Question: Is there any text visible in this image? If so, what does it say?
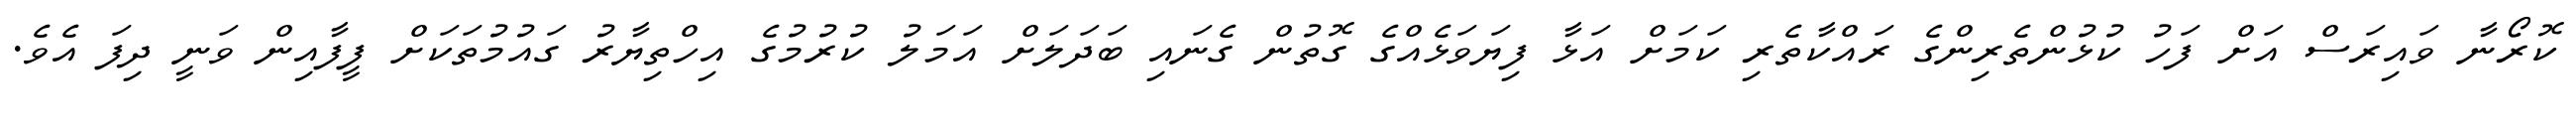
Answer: ކޮރޯނާ ވައިރަސް އަށް ފަހު ކުޅުންތެރިންގެ ރައްކާތެރި ކަމަށް އަޅާ ފިޔަވަޅެއްގެ ގޮތުން ގެނައި ބަދަލަށް އަމަލު ކުރުމުގެ އިހްތިޔާރު ގައުމުތަކަށް ފީފާއިން ވަނީ ދިފަ އެވެ.